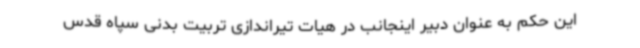
این حکم به عنوان دبیر اینجانب در هیات تیراندازی تربیت بدنی سپاه قدس